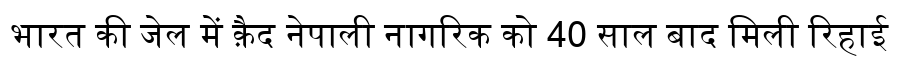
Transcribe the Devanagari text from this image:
भारत की जेल में क़ैद नेपाली नागरिक को 40 साल बाद मिली रिहाई